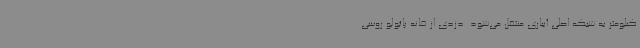
کیلومتر به شبکه اصلی آبیاری منتقل می‌شود. دزدی از خانه پائولو روسی